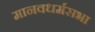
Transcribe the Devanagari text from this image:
मानवधर्मसभा